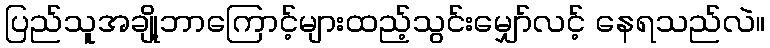
ပြည်သူအချို့ဘာကြောင့်များထည့်သွင်းမျှော်လင့် နေရသည်လဲ။